Annual administration and progress report of the Indian Medical Department, Bombay
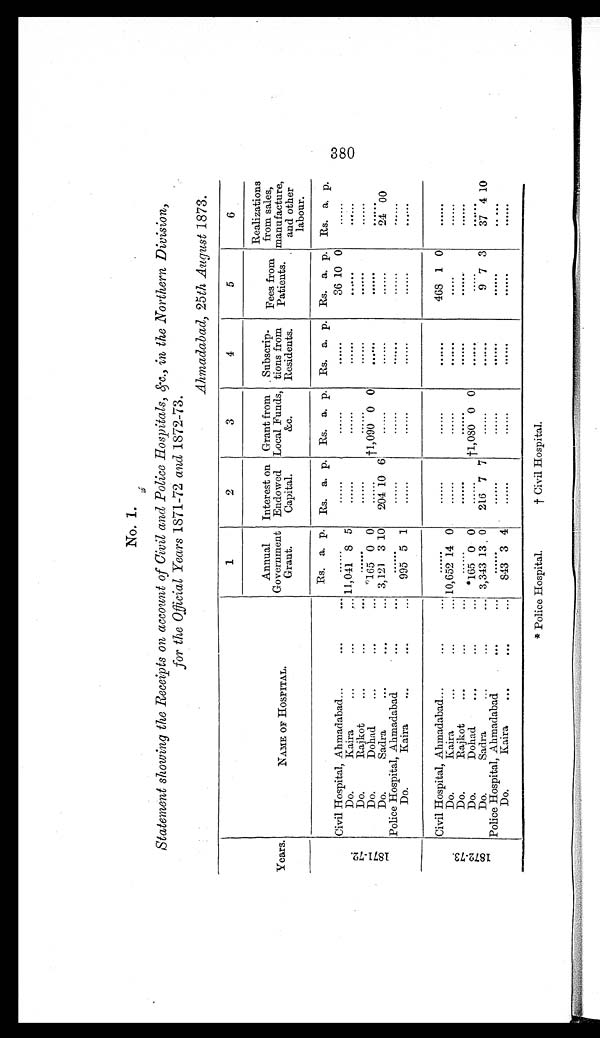
No. 1.
Statement showing the Receipts on account of Civil and Police Hospitals, &c., in the Northern Division,
for the Official Years 1871-72 and 1872-73.
Ahmadabad, 25 th August 1873.
years.
NAME OF HOSPITAL
1
2
3
4
5
6
Annual
Government Grant.
Interest on
Endowed
Capital.
Grant from
Local Funds,
&c.
Subscrip
-
tions from
Residents.
Fees from
Patients.
Realizations
from sales,
manufacture,
and other
labour.
1 8 7 1 - 7 2 .
Civil Hospital, Ahmadabad . . .
Rs. a. p.
Rs. a. p. Rs. a. p. Rs. a. p. Rs. a. p. Rs. a. p.
. . .
. . .
. . .
. . .
36 10 0
. . .
Do. Kaira . . .
11,041 8 5
. . .
. . .
. . .
. . .
Do Rajkot. . . .
. . .
. . .
. . .
. . .
. . .
. . .
Do. Dohad . . .
*165 0 0
. . .
†1,090 0 0
. . .
. . .
. . .
Do. Sadra . . .
3,121 3 10
204 10 6
. . .
. . .
. . .
24
0 0
Police Hospital, Ahmadabad . . .
. . .
. . .
. . .
. . .
. . .
. . .
Do. Kaira . . .
995 5 1
. . .
. . .
. . .
. . .
. . .
1 8 7 2 - 7 3 .
Civil Hospital, Ahmadabad . . .
. . .
. . .
. . .
. . .
468 1 0
. . .
Do. Kaira . . .
1 0 , 6 5 2
1 4 0
. . .
. . .
. . .
. . .
. . .
Do. Rajkot . . .
. . .
. . .
. . .
. . .
. . .
. . .
Do. Dohad . . .
*165 0 0
. . .
†1,080 0 0
. . .
. . .
. . .
Do. Sadra . . .
3 , 3 4 3 13 0
216 7 7
. . .
. . .
9 7 3
37 4 10
Police Hospital, Ahmadabad . . .
. . .
. . .
. . .
. . .
. . .
. . .
Do. Kaira . . .
843 3 4 . . .
. . .
. . .
. . .
380
* Police Hospital.
† Civil Hospital.